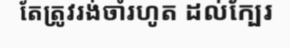
តែត្រូវរង់ចាំរហូត ដល់ក្បែរ